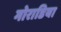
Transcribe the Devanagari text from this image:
गोराडिया